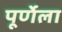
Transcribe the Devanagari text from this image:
पूर्णेला